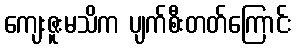
ကျေးဇူးမသိက ပျက်စီးတတ်ကြောင်း